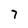
Character: 7